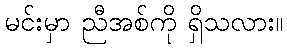
မင်းမှာ ညီအစ်ကို ရှိသလား။